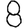
Digit: 8